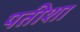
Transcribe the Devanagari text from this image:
पतीशा